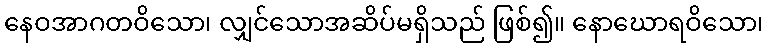
နေဝအာဂတဝိသော၊ လျှင်သောအဆိပ်မရှိသည် ဖြစ်၍။ နောဃောရဝိသော၊